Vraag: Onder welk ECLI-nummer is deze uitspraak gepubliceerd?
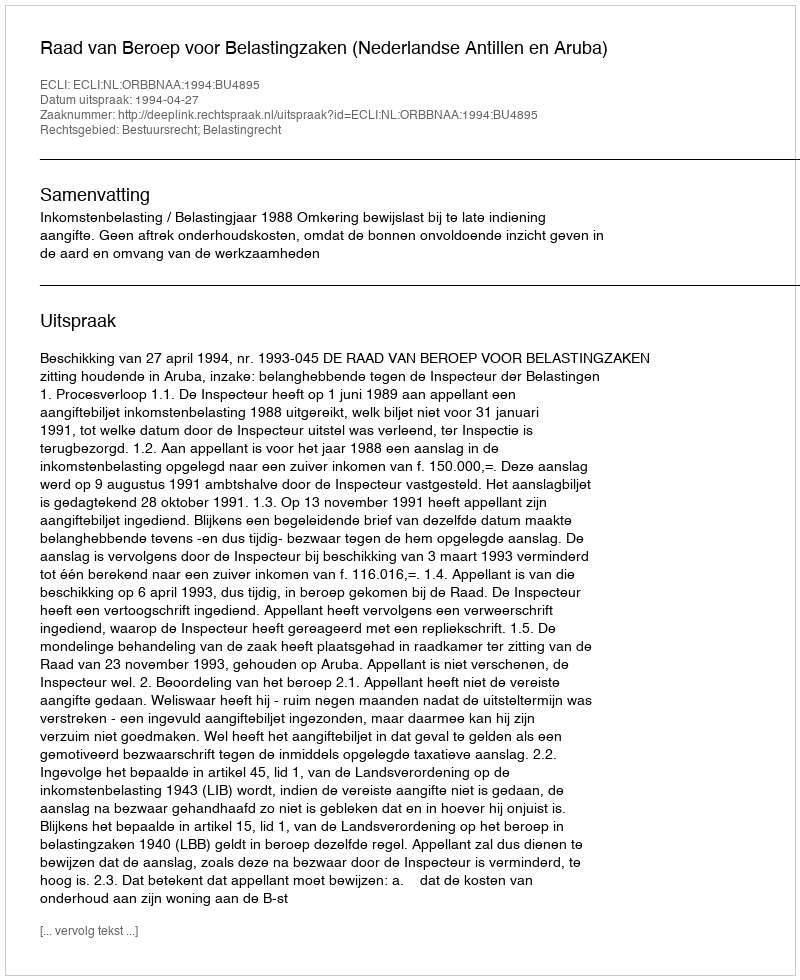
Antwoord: ECLI:NL:ORBBNAA:1994:BU4895